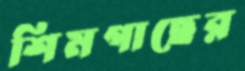
শিমগাছের